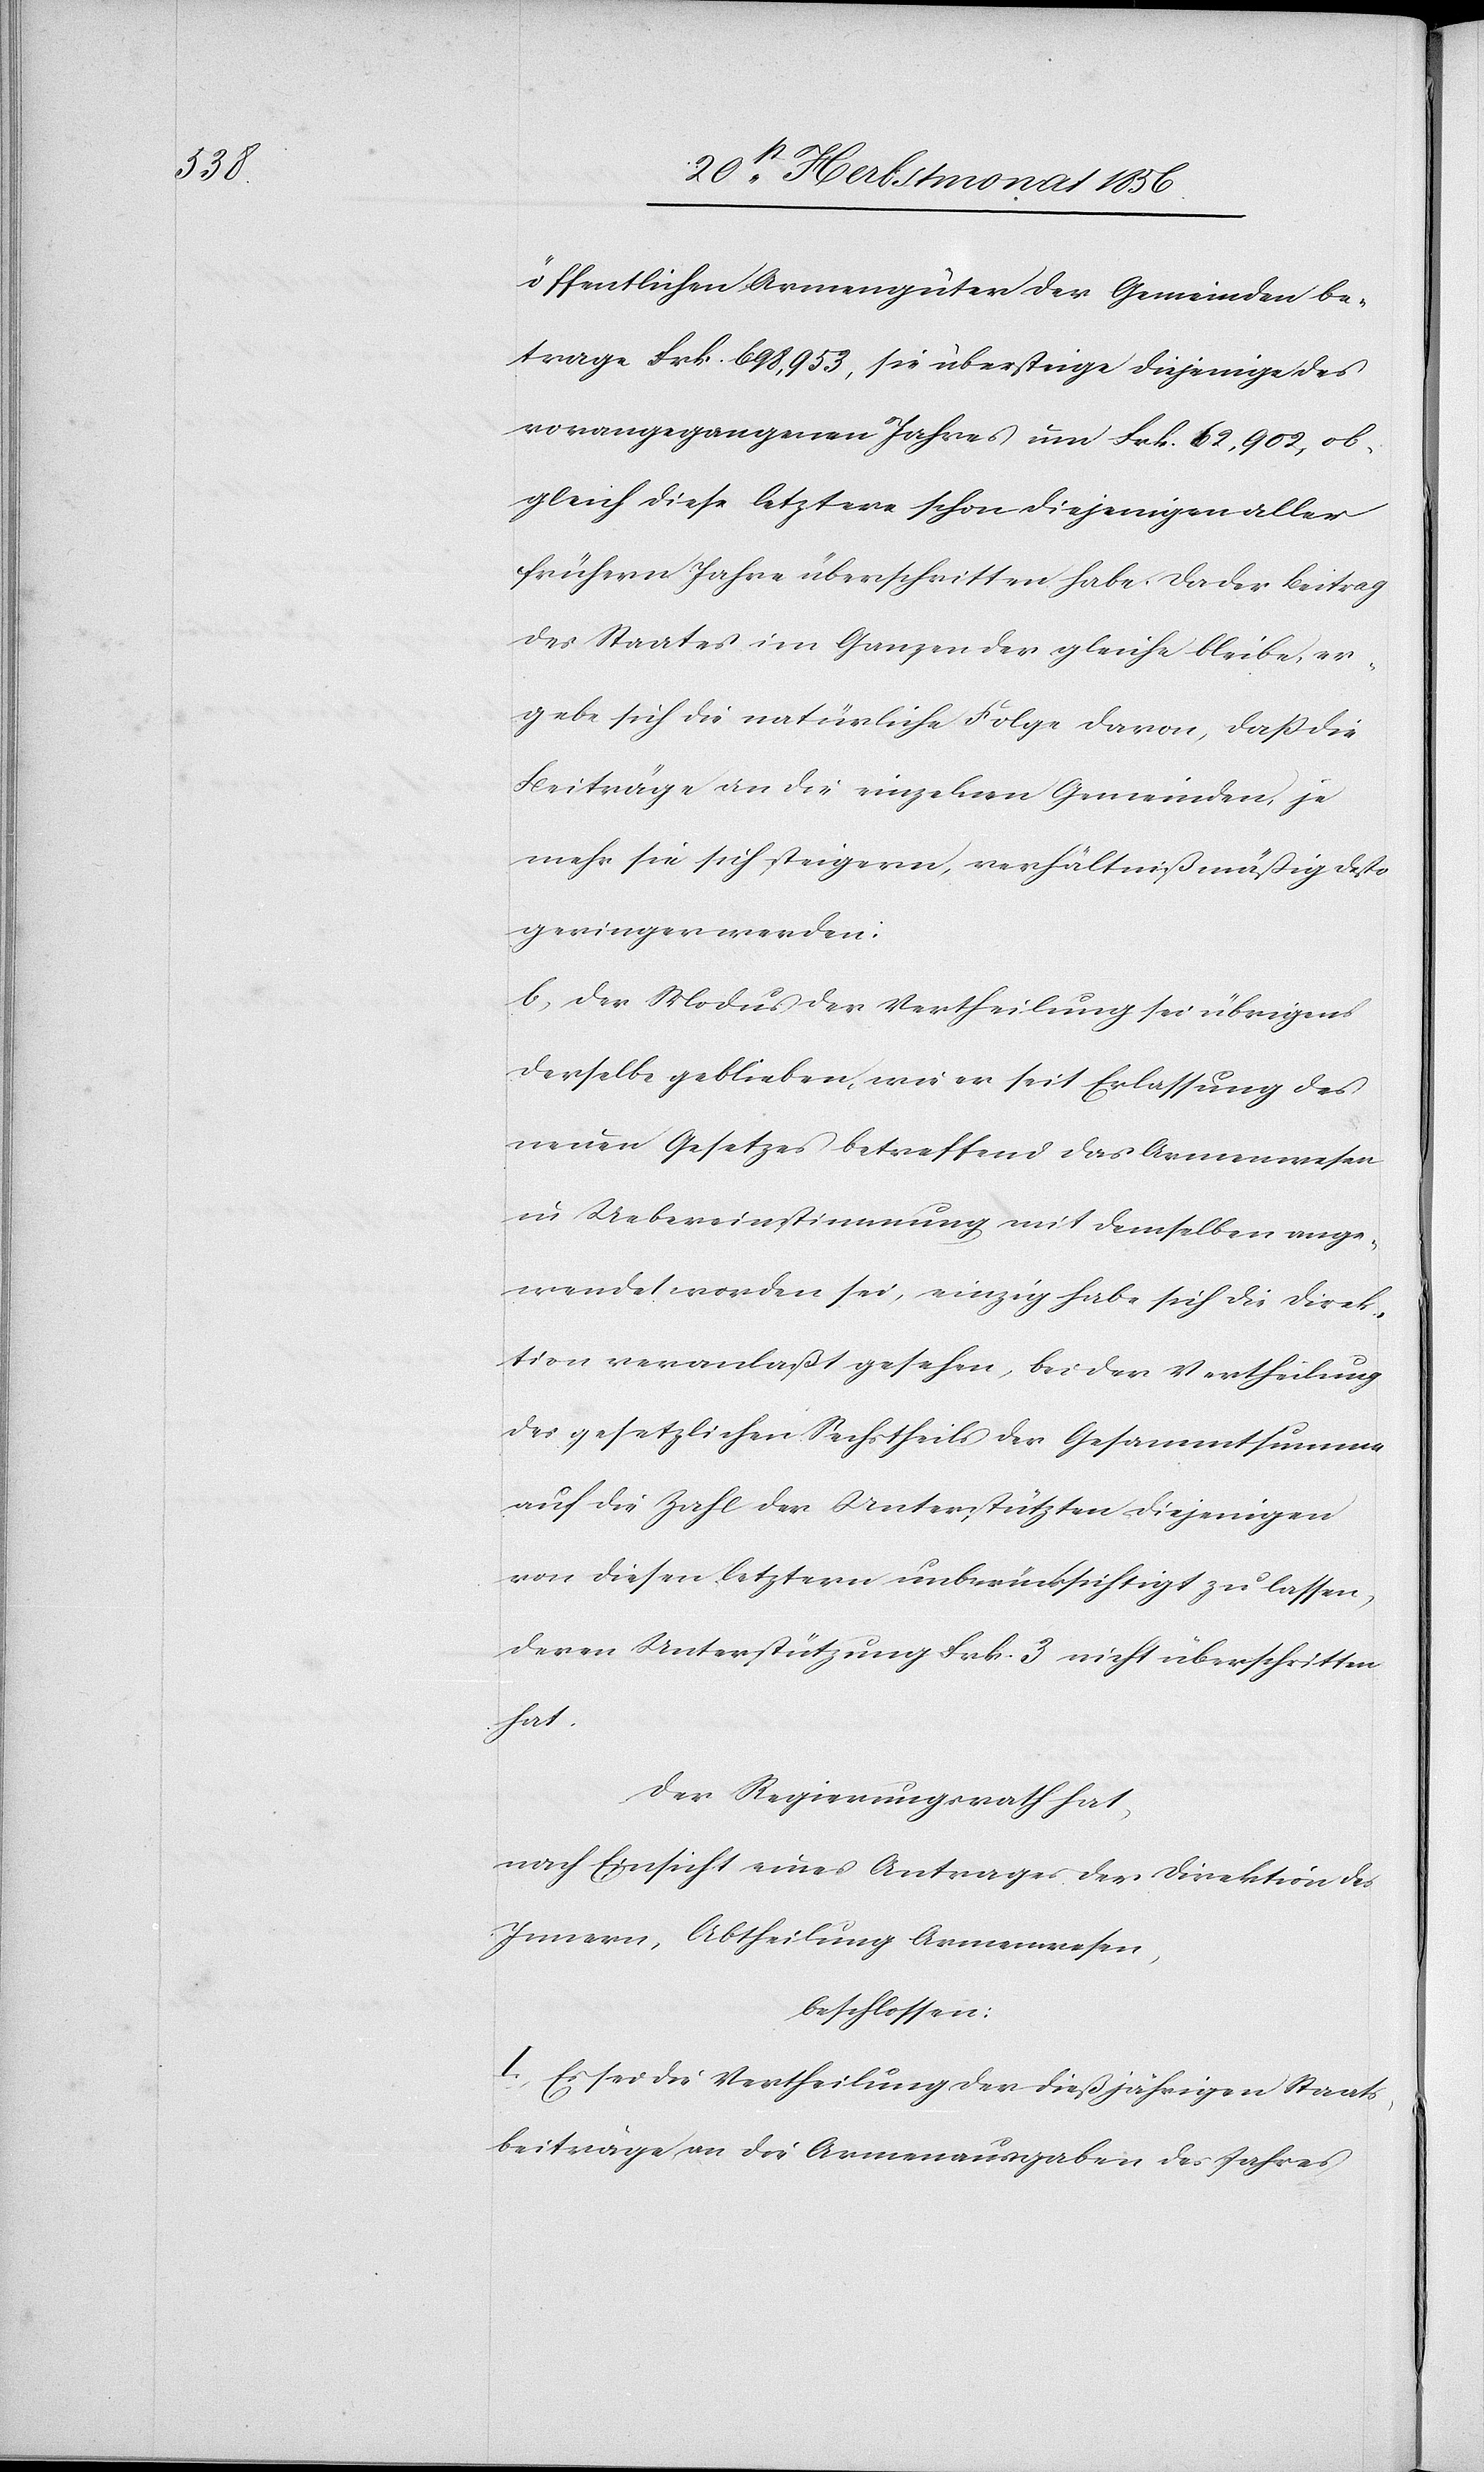
öffentlichen Armengüter der Gemeinden be¬
trage Frk. 698,953, sie übersteige diejenige des
vorangegangenen Jahres um Frk. 62,902, ob¬
gleich diese letztere schon diejenigen aller
frühern Jahre überschritten habe. Da der Beitrag
des Staates im Ganzen der gleiche bleibe, er¬
gebe sich die natürliche Folge davon, dass die
Beiträge an die einzelnen Gemeinden, je
mehr sie sich steigern, verhältnißmäßig desto
geringer werden.
b) Der Modus der Vertheilung sei übrigens
derselbe geblieben, wie er seit Erlassung des
neuen Gesetzes betreffend das Armenwesen
in Uebereinstimmung mit demselben ange¬
wendet worden sei, einzig habe sich die Direk¬
tion veranlaßt gesehen, bei der Vertheilung
des gesetzlichen Sechstheils der Gesammtsumme
auf die Zahl der Unterstützten diejenigen
von diesen letztern unberücksichtigt zu lassen,
deren Unterstützung Frk. 3 nicht überschritten
hat.
Der Regierungsrath hat,
nach Einsicht eines Antrages der Direktion des
Innern, Abtheilung Armenwesen,
beschlossen:
I.) Es sei die Vertheilung der dießjährigen Staats¬
beiträge an die Armenausgaben des Jahres